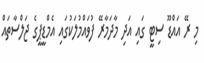
މި ރޭ އައްޑޫ ސިޓީ ގައި އަދި މާދަމާރޭ ފުވައްމުލަކުގައި އެމްޑީޕީގެ ޖަލްސާތައް